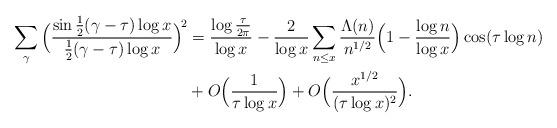
LaTeX: \begin{align*}\begin{aligned}\sum_\gamma\Big(\frac{\sin\frac12(\gamma-\tau)\log x}{\frac12(\gamma-\tau)\log x}\Big)^{\!2}&= \frac{\log\frac{\tau}{2\pi}}{\log x} - \frac2{\log x}\sum_{n\le x}\frac{\Lambda(n)}{n^{1/2}}\Big(1-\frac{\log n}{\log x}\Big)\cos (\tau\log n) \\&+O\Big(\frac1{\tau\log x}\Big) +O\Big(\frac{x^{1/2}}{(\tau\log x)^2}\Big).\end{aligned}\end{align*}